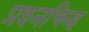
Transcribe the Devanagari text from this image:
प्रश्‍नचिन्ह